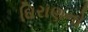
ઘિરાણનો